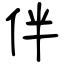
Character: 伴